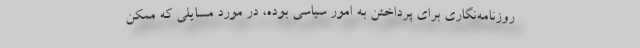
روزنامه‌نگاری برای پرداختن به امور سیاسی بوده، در مورد مسایلی که ممکن